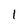
Character: 1